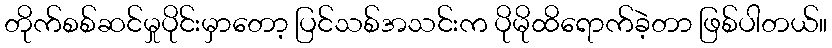
တိုက်စစ်ဆင်မှုပိုင်းမှာတော့ ပြင်သစ်အသင်းက ပိုမိုထိရောက်ခဲ့တာ ဖြစ်ပါတယ်။